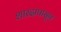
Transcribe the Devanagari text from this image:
शारदापासून